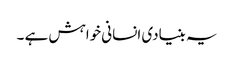
یہ بنیادی انسانی خواہش ہے ۔